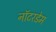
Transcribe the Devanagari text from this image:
नॉटरडेम